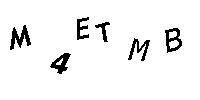
M4ETMB